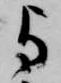
与